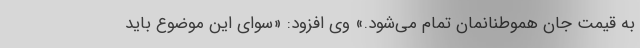
به قیمت جان هموطنانمان تمام می‌شود.» وی افزود: «سوای این موضوع باید